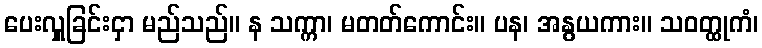
ပေးလှူခြင်းငှာ မည်သည်။ န သက္ကာ၊ မတတ်ကောင်း။ ပန၊ အနွယကား။ သဝတ္ထုကံ၊